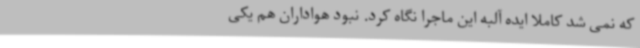
که نمی شد کاملاً ایده آلبه این ماجرا نگاه کرد. نبود هواداران هم یکی